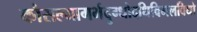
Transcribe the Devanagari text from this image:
कौसल्यागर्भदुग्धोदधिविमलविधो